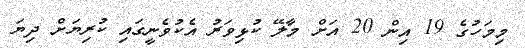
މިމަހުގެ 19 އިން 20 އަށް މާލޭ ކުޅިވަރު އެކުވެނީގައި ކުރިޔަށް ދިޔަ